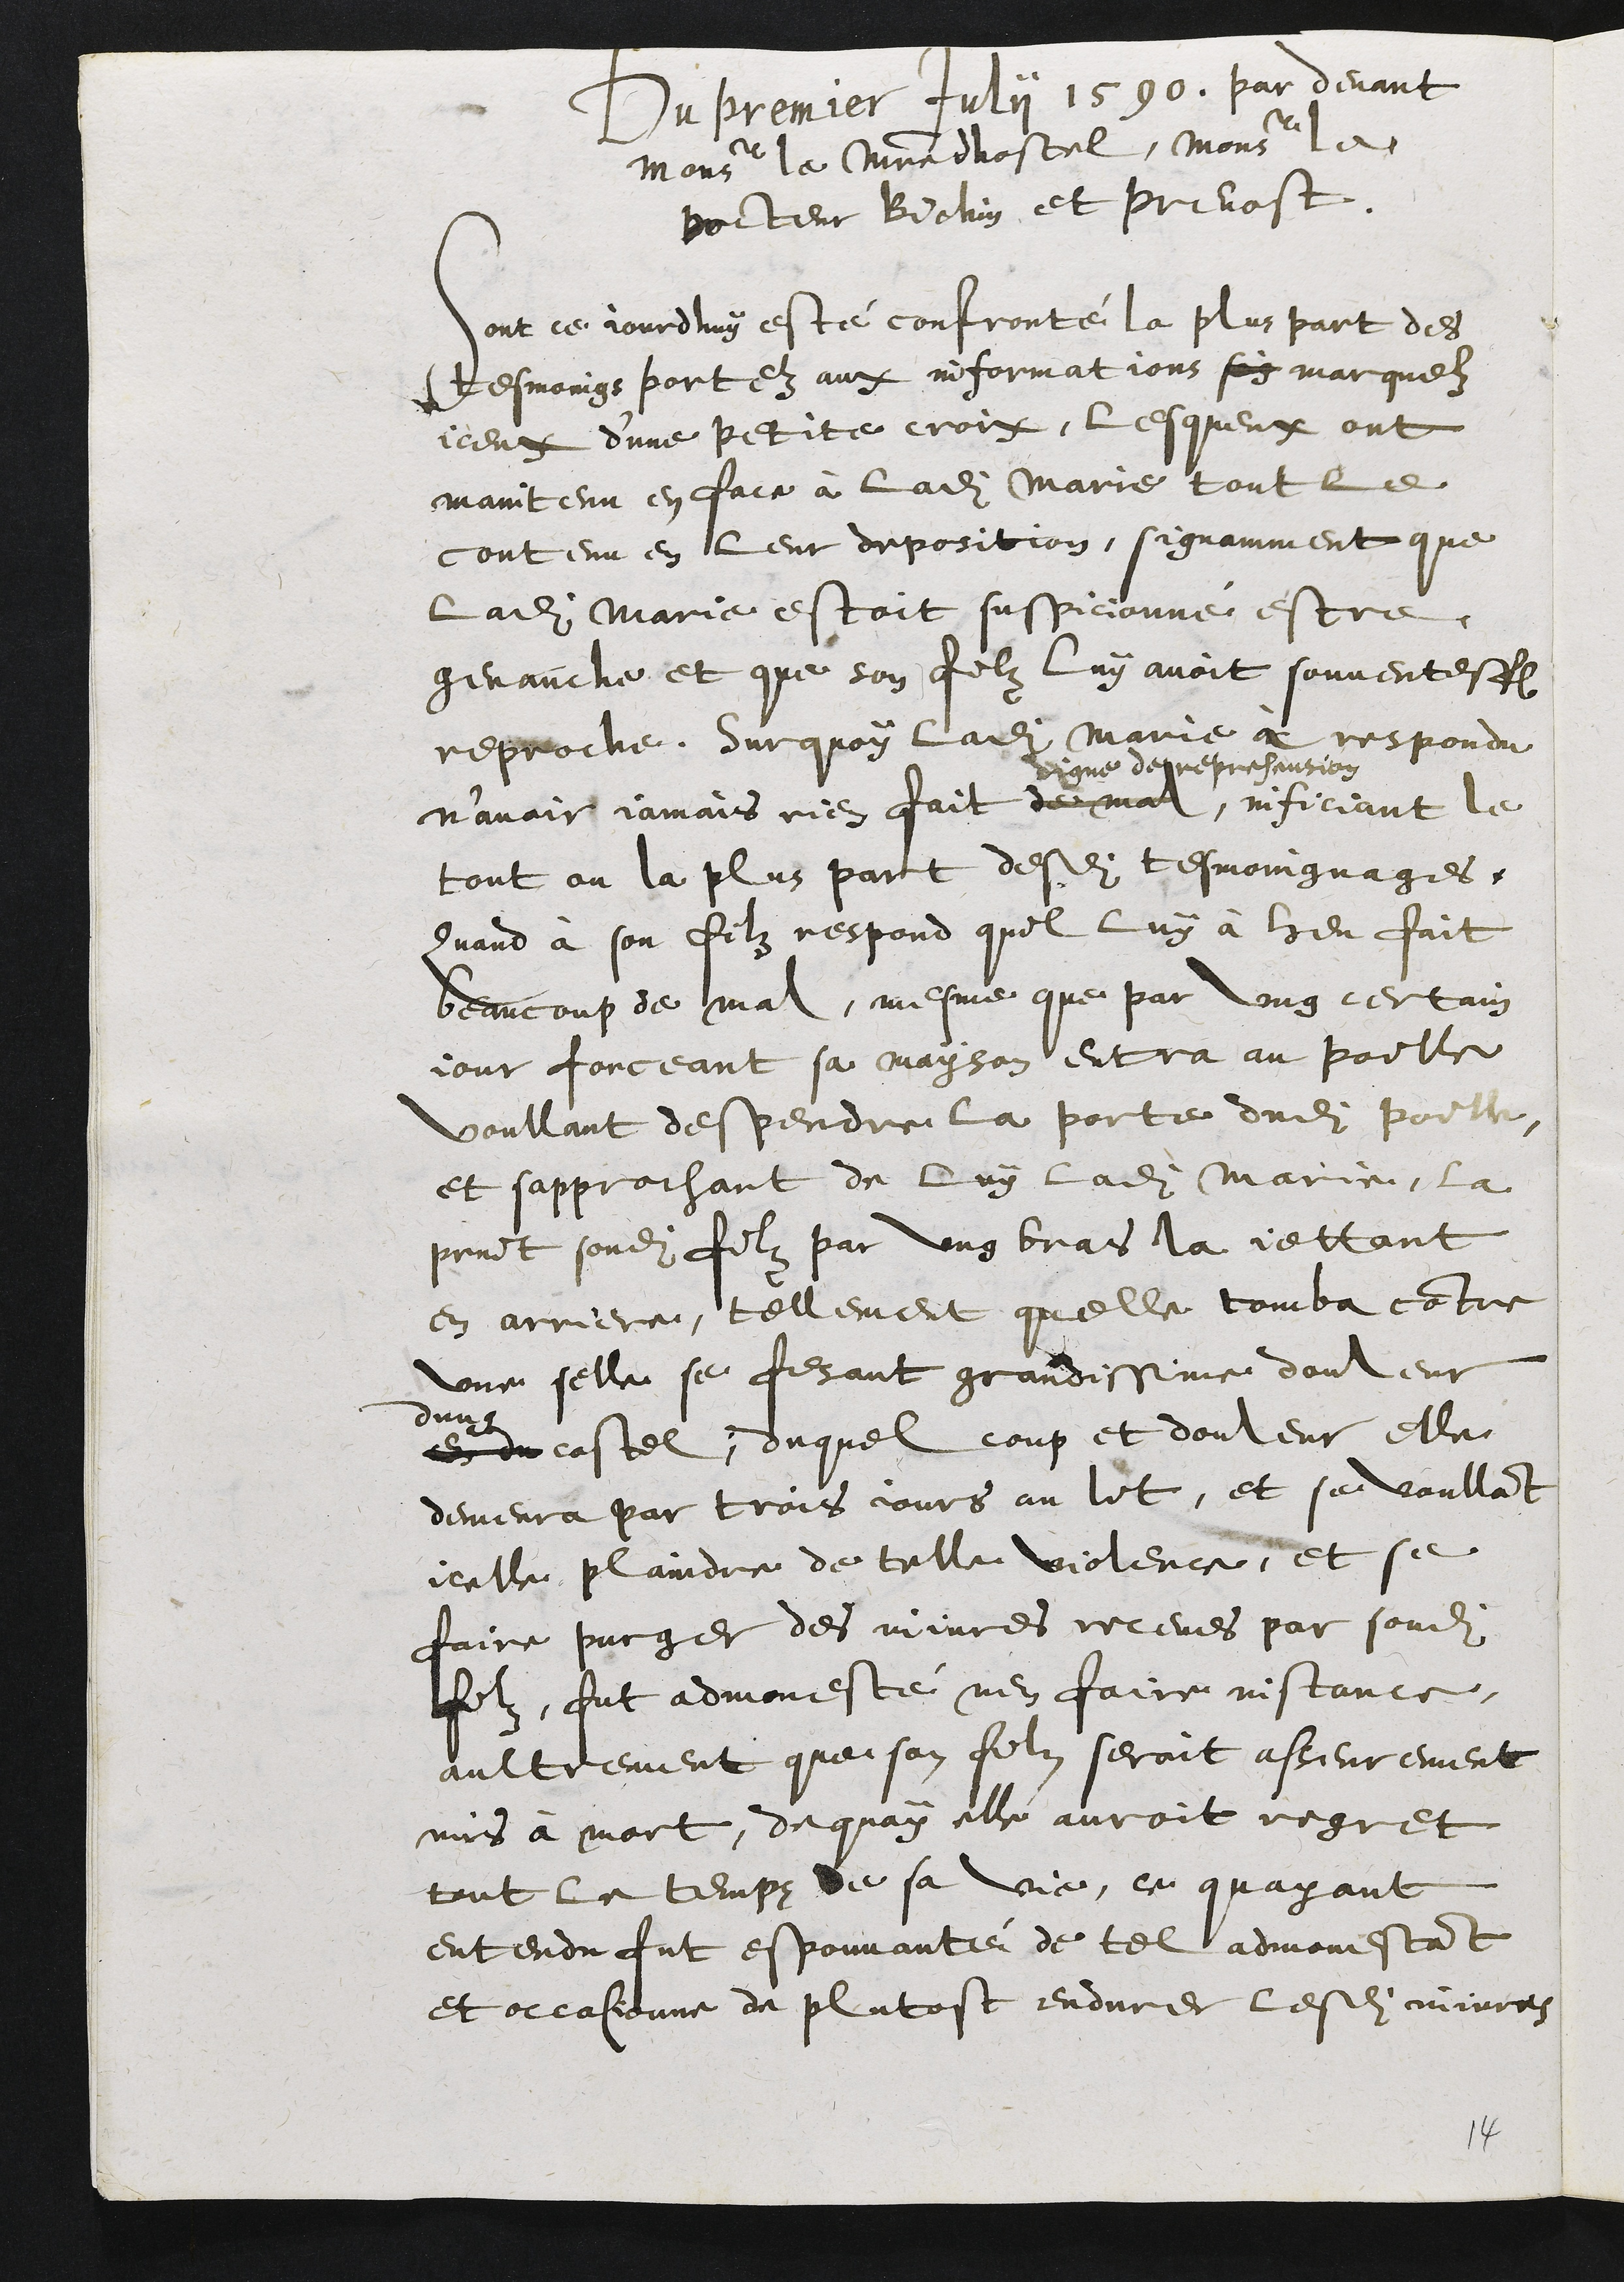
Du premier fuly 1590, par devant
Monsieur le maistre dhostel, Monsiurle
pouteur Biolin et prevost.
jout ce jourdhuy esté confronté la plus part des
tesmoings portez aux informations son marguelz
iceux dune petite croit, lesqueux ont
maintenu en face à ladite Marre tout le
contenu en leur deposition, signamment que
ladite Marie estoit suspicionne estre
genauche et que son filz luy avoit souventesfois
reproché. Surquoy ladite Marie a respondu
n’avoir jamais rien fait de mal,
rigne derrepreseusion
inficiant le
tout ou la plus part desdites tesmoingnages
Quand à son filz respond quil luy à heu fait
beaucoup de mal, mesme que par ung certain
jour fonceant sa mayson entra au poille
voullant despendre la porte dudit poille,
et sapprochant de luy ladite Marie, la
print sondit filz par ung bras la jettant
en arriere, tellement quelle tomba cotre
une selle se fesant grandissime douleur
dun
es du costel, duquel coup et douleur elle
demeura par trois jours au lit, et se voullant
icelle, plaindre de telle violence, et se
faire purger des injures receues par sondit
filz, fut admonesté n'en faire instance,
aultrement que son filz seroit asseurement
mis à mort, dequoy elle auroit regret
tout le temps de sa vie, ce quayant
entendu fut espouvanté de tel admonestant
et occasionne de plutost endurer lesdits iivres